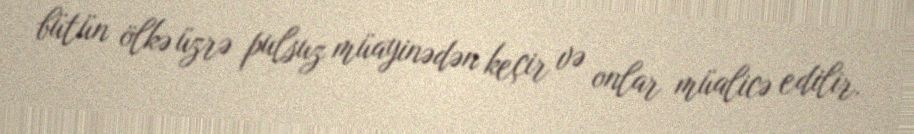
bütün ölkə üzrə pulsuz müayinədən keçir və onlar müalicə edilir.